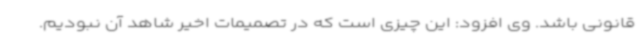
قانونی باشد. وی افزود: این چیزی است که در تصمیمات اخیر شاهد آن نبودیم.